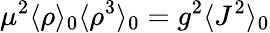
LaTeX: \mu^{2}\langle\rho\rangle_{0}\langle\rho^{3}\rangle_{0}=g^{2}\langle J^{2}\rangle_{0}